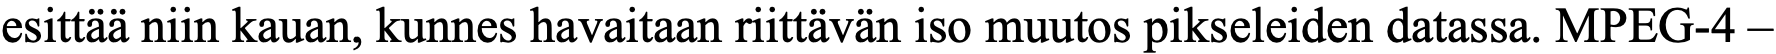
esittää niin kauan, kunnes havaitaan riittävän iso muutos pikseleiden datassa. MPEG-4 –